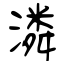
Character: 潾